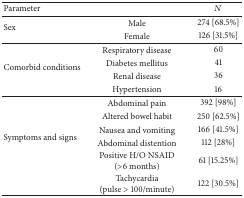
<table><thead><tr><td><b>Parameter</b></td><td>[EMPTY_CELL]</td><td><b><i>N</i></b></td></tr></thead><tbody><tr><td rowspan="2">Sex</td><td>Male</td><td>274 [68.5%]</td></tr><tr><td>Female</td><td>126 [31.5%]</td></tr><tr><td rowspan="4">Comorbid conditions</td><td>Respiratory disease</td><td>60</td></tr><tr><td>Diabetes mellitus</td><td>41</td></tr><tr><td>Renal disease</td><td>36</td></tr><tr><td>Hypertension</td><td>16</td></tr><tr><td rowspan="6">Symptoms and signs</td><td>Abdominal pain</td><td>392 [98%]</td></tr><tr><td>Altered bowel habit</td><td>250 [62.5%]</td></tr><tr><td>Nausea and vomiting</td><td>166 [41.5%]</td></tr><tr><td>Abdominal distention</td><td>112 [28%]</td></tr><tr><td>Positive H/O NSAID (&gt;6 months)</td><td>61 [15.25%]</td></tr><tr><td>Tachycardia (pulse &gt; 100/minute)</td><td>122 [30.5%]</td></tr></tbody></table>